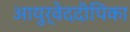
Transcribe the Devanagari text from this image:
आयुर्वेददीपिका